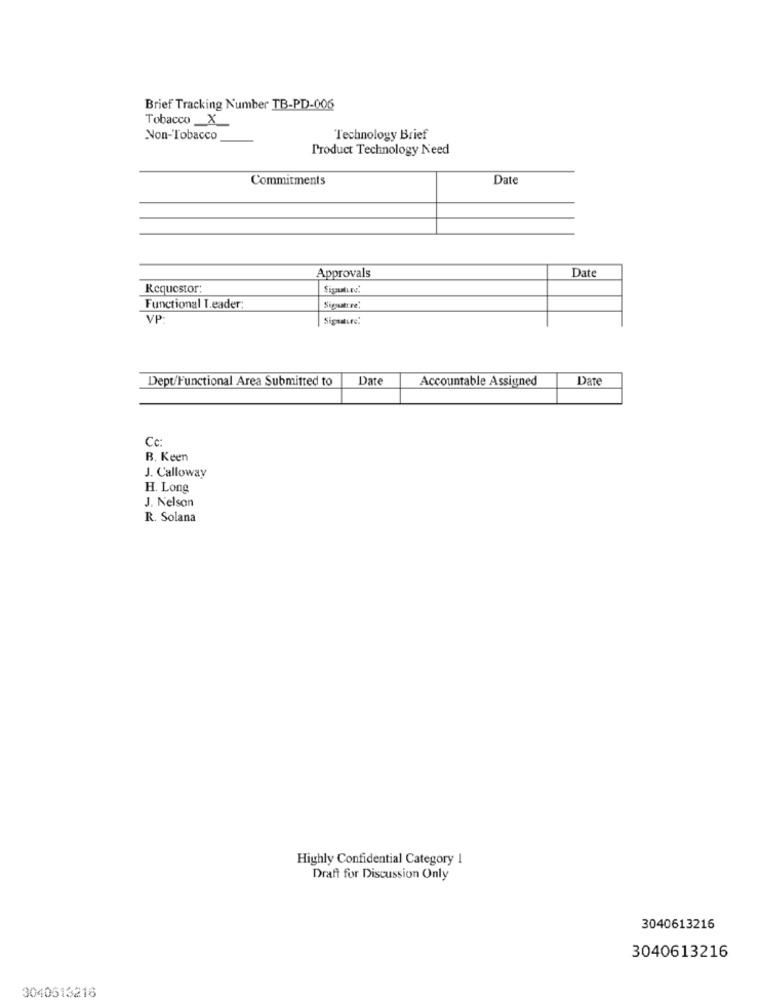
Brief Tracking Number TB-PD-006
Tobacco _X_
Non-Tobacco
Technology Brief
Product Technology Need
Commitments
Date
Date
Approvals
Requestor:
Functional Leader:
Signature',
VP:
Dept/Functional Area Submitted to
Date
Accountable Assigned
Date
Cc:
B. Keen
J. Calloway
H. Long
J. Nelson
R. Solana
Highly Confidential Category 1
Draft for Discussion Only
3040613216
3040613216
3040513216